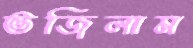
ভজিলাম